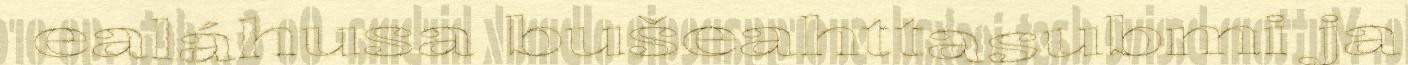
ealáhusa bušeahttasubmi ja